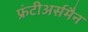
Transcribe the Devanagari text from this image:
फ्रंटीअर्समैन